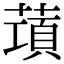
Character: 𦺣